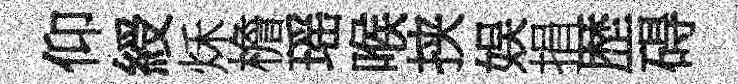
仰綬秌檐瑶喉挟娱捐歴碍